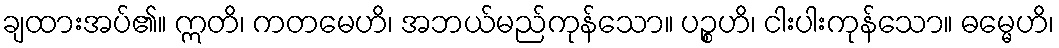
ချထားအပ်၏။ ဣတိ၊ ကတမေဟိ၊ အဘယ်မည်ကုန်သော။ ပဉ္စဟိ၊ ငါးပါးကုန်သော။ ဓမ္မေဟိ၊